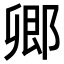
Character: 𨜊